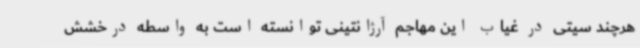
هرچند سیتی در غیاب این مهاجم آرژانتینی توانسته است به واسطه درخشش